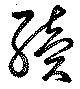
續